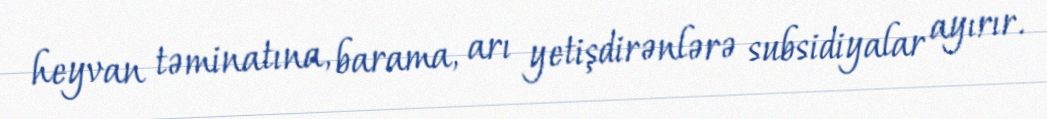
heyvan təminatına, barama, arı yetişdirənlərə subsidiyalar ayırır.